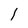
Character: l